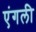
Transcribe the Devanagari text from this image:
एंगली